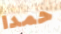
حمدا